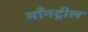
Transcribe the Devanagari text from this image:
माँनट्रील